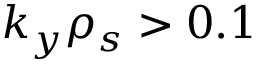
k _ { y } \rho _ { s } > 0 . 1